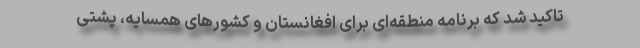
تاکید شد که برنامه منطقه‌ای برای افغانستان و کشورهای همسایه، پشتی